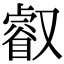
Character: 叡